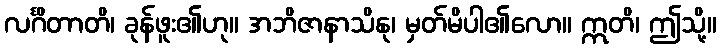
လင်္ဂိတာတိ၊ ခုန်ဖူး၏ဟု။ အဘိဇာနာသိနု၊ မှတ်မိပါ၏လော။ ဣတိ၊ ဤသို့။